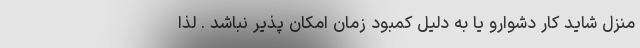
منزل شاید کار دشوارو یا به دلیل کمبود زمان امکان پذیر نباشد . لذا